Annual administration and progress report of the Indian Medical Department, Bombay
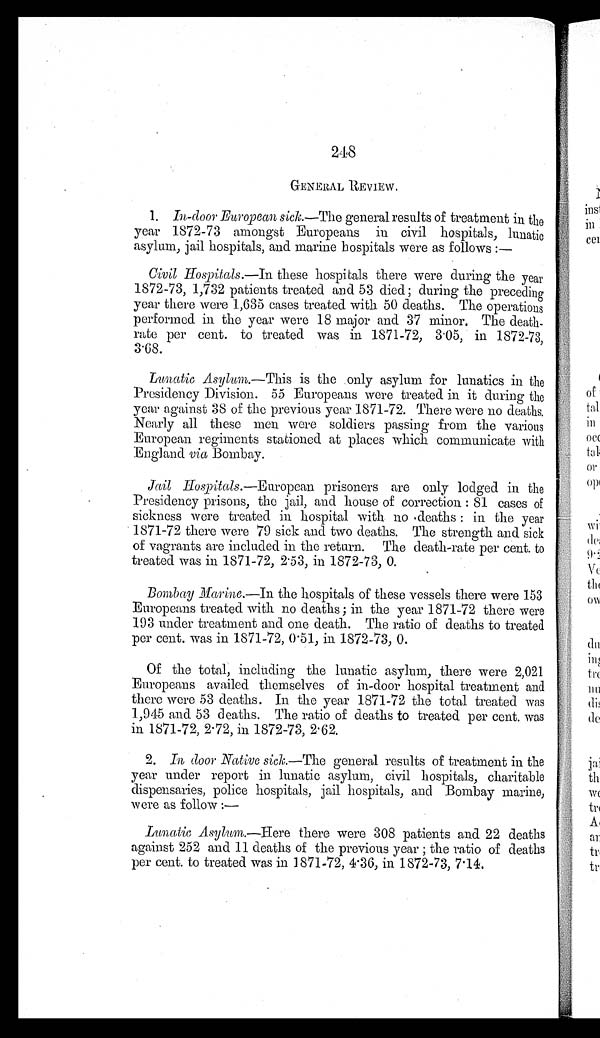
248
GENERAL REVIEW.
1. In-door European sick.—The general results of treatment in the
year 1872-73 amongst Europeans in civil hospitals, lunatic
asylum, jail hospitals, and marine hospitals were as follows : —
Civil Hospitals.—In these hospitals there were during the year
1872-73, 1,732 patients treated and 53 died; during the preceding
year there were 1,635 cases treated with 50 deaths. The operations
performed in the year were 18 major and 37 minor. The death
-rate per cent. to treated was in 1871-72, 3.05, in 1872-73,
3 . 6 8 .
Lunatic Asylum.—This is the only asylum for lunatics in the
Presidency Division. 55 Europeans were treated in it during the
year against 38 of the previous year 1871-72. There were no deaths.
Nearly all these men were soldiers passing from the various
European regiments stationed at places which communicate with
England via Bombay.
Jail Hospitals.—European prisoners are only lodged in the
Presidency prisons, the jail, and house of correction: 81 cases of
sickness were treated in hospital with no deaths: in the year
1871-72 there were 79 sick and two deaths. The strength and sick
of vagrants are included in the return. The death-rate per cent. to
treated was in 1871-72, 2.53, in 1872-73, 0.
Bombay Marine.—In the hospitals of these vessels there were 153
Europeans treated with no deaths; in the year 1871-72 there were
193 under treatment and one death. The ratio of deaths to treated
per cent. was in 1871-72, 0.51, in 1872-73, 0.
Of the total, including the lunatic asylum, there were 2,021
Europeans availed themselves of in-door hospital treatment and
there were 53 deaths. In the year 1871-72 the total treated was
1,945 and 53 deaths. The ratio of deaths to treated per cent. was
in 1871-72, 2.72, in 1872-73, 2.62.
2. In
door Native sick.—The general results of treatment in the
year under report in lunatic asylum, civil hospitals, charitable
dispensaries, police hospitals, jail hospitals, and Bombay marine,
were as follow :—
Lunatic Asylum.—Here there were 308 patients and 22 deaths
against 252 and 11 deaths of the previous year; the ratio of deaths
per cent. to treated was in 1871-72, 4.36, in 1872-73, 7.14.